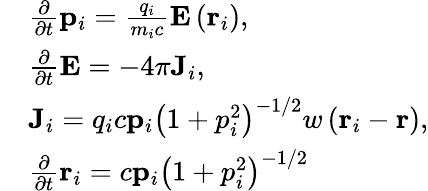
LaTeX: \begin{array}{rl}&{\frac{\partial}{\partial t}\mathbf{p}_{i}=\frac{q_{i}}{m_{i}c}\mathbf{E}\left(\mathbf{r}_{i}\right),}\\ &{\frac{\partial}{\partial t}\mathbf{E}=-4\pi\mathbf{J}_{i},}\\ &{\mathbf{J}_{i}=q_{i}c\mathbf{p}_{i}\left(1+p_{i}^{2}\right)^{-1/2}w\left(\mathbf{r}_{i}-\mathbf{r}\right),}\\ &{\frac{\partial}{\partial t}\mathbf{r}_{i}=c\mathbf{p}_{i}\left(1+p_{i}^{2}\right)^{-1/2}}\end{array}